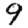
Digit: 9